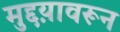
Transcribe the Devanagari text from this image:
मुद्दय़ावरून